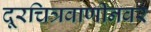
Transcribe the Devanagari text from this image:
दूरचित्रवाणीनवर